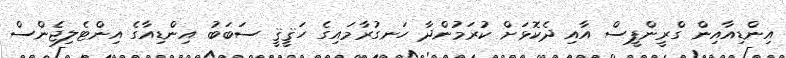
އިންޑިއާއިން ގްރީންޕީސް އާއި ދެކޮޅަށް ކުރަމުންދާ ހަނގުރާމައިގެ ހަޤީޤީ ސަބަބު އިންޑިއާގެ އިންޓެލިޖެންސް